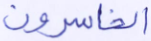
الخاسرون